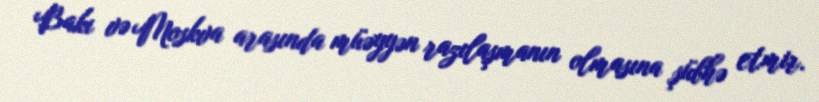
Bakı və Moskva arasında müəyyən razılaşmanın olmasına şübhə etmir.